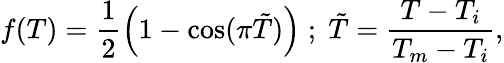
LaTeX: f(T)=\frac{1}{2}\left(1-\cos(\pi\tilde{T})\right)\; ;\; \tilde{T}=\frac{T-T_{i}}{T_{m}-T_{i}},